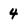
Character: 4